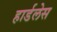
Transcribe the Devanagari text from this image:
हार्डलेस